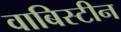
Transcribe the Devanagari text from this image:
वाबिस्टीन